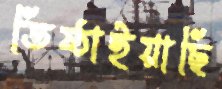
তিষ্ঠাইয়াছি